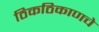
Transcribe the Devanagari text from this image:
ठिकठिकाणचे